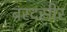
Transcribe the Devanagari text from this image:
बरदसीर